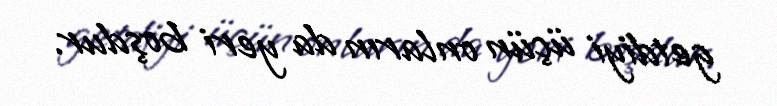
getdiyi üçün onların da yeri boşdur.